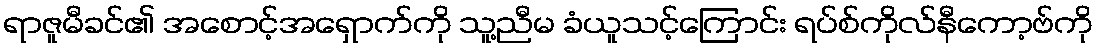
ရာဇူမီခင်၏ အစောင့်အရှောက်ကို သူ့ညီမ ခံယူသင့်ကြောင်း ရပ်စ်ကိုလ်နီကော့ဗ်ကို